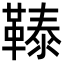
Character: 𩌉